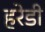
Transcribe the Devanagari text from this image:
हरेडी